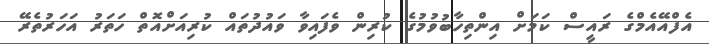
އެފްއޭއެމްގެ ރައީސް ކަމަށް އިންތިހާބުވުމުގެ ކުރިން ވެފައިވާ ވައުދުތައް ކުރިއަށްއޮތް ހަތަރު އަހަރުތެރޭ